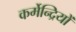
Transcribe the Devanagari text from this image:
कर्मेन्द्रियों